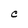
Character: C